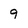
Character: 9